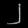
Digit: ၂